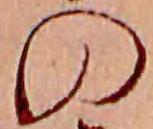
の